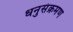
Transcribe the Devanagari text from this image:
धनुसंक्रमण